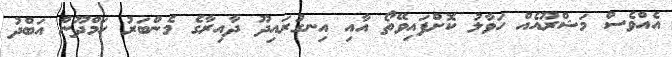
އެއްވެސް މަޝްރޫއެއް ހަވާލު ކޮށްފައިވޭތޯ އާއި އިނގުރައިދޫ ދާއިރާގެ މެންބަރު ހަމްދޫން އަބްދު